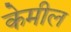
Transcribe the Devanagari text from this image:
केमील